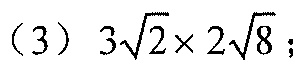
（3）\(3\sqrt{2}\times2\sqrt{8}\)；